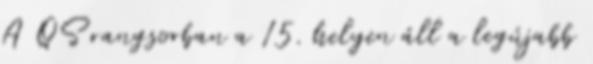
A QS rangsorban a 15. helyen áll a legújabb